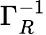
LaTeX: \Gamma_{R}^{-1}